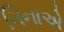
ગિનાએ